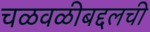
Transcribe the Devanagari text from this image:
चळवळीबद्दलची